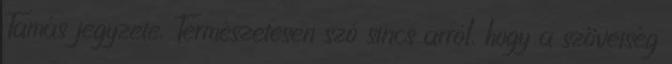
Tamás jegyzete. Természetesen szó sincs arról, hogy a szövetség